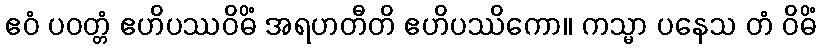
ဧဝံ ပဝတ္တံ ဧဟိပဿဝိဓိံ အရဟတီတိ ဧဟိပဿိကော။ ကသ္မာ ပနေသ တံ ဝိဓိံ